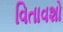
વિતાવશો